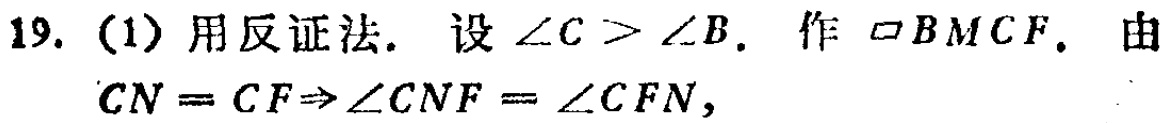
19. (1) 用反证法. 设 $\angle C > \angle B$. 作 $\square BMCF$. 由

$CN = CF\Rightarrow\angle CNF = \angle CFN$,